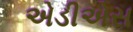
એડીએસ